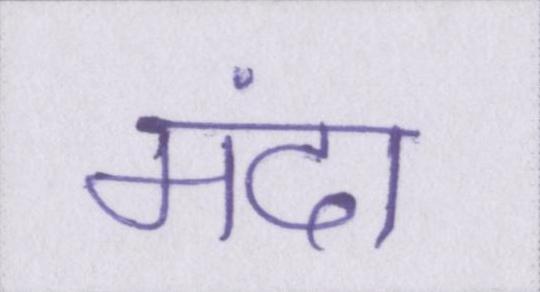
मंदा